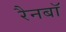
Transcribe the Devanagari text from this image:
रैनबॉ